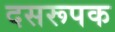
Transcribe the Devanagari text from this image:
दसरूपक